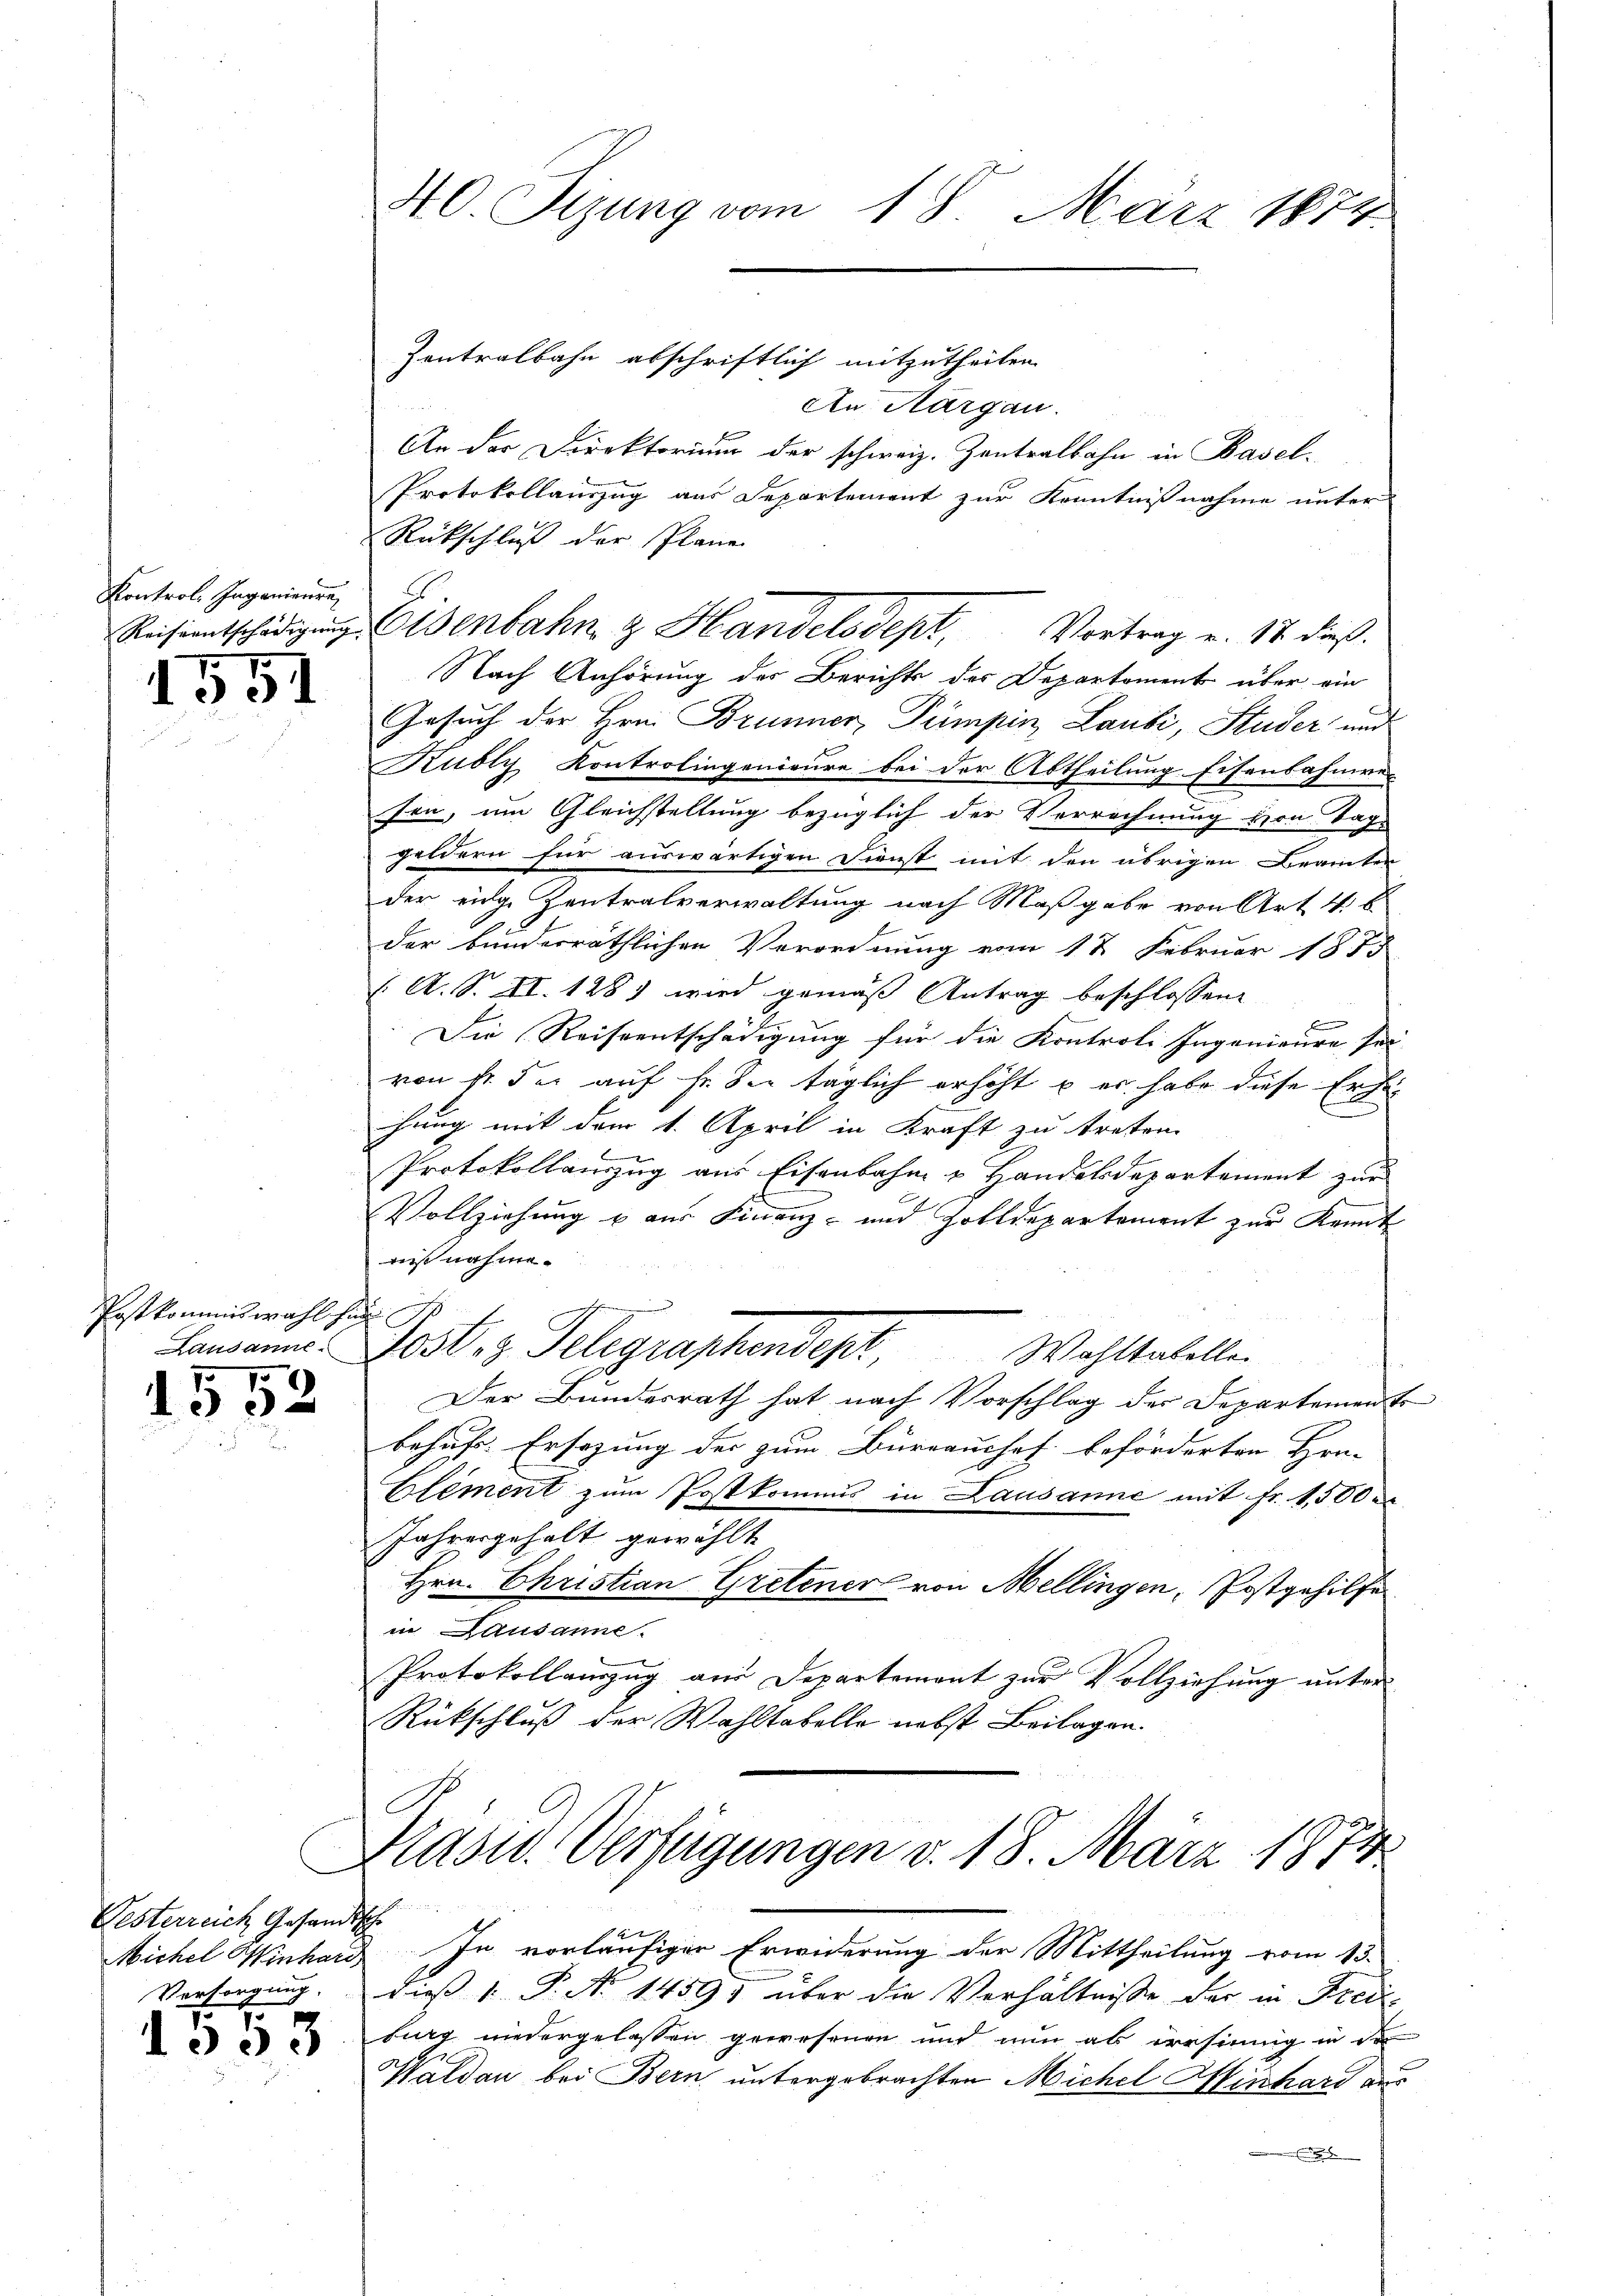
Kontrol. Ingenieure

1551

Postkommiswahl hin
Lausanne

79
.
3

Gesterreich Gesandtsch
Michel Minhard,
Versorgung.

1553

40. Sizung vom 18. März 1874.

An Aargau.
An der Direktorium der schweiz. Zentralbahn in Basel¬
Protokollauszug aus Departement zur Kenntnißnahme unter
Rückschluß der Plane
Nach Anhörung der Berichts des Departoment über ein
Gesuch der Hrn. Brunner, Pumpin Laubi, Studer und
Kubly Kontrolingenieure bei der Abtheilung Eisenbahnver
sen, um Gleichstellung bezüglich der Verrechnung von Tage
geldern für auswärtigen Dienst mit den übrigen Beamten
der einge Zentralverwaltung nach Maßgabe von Art. 46
der bunderräthlichen Verordnung vom 12 Februar 1875
(. A. S. XI. 128) wird gemäß Antrag beschlossen:
F
Die Reiseentschädigung für die Kontroli Ingenieure sei
von so der auf Fr. Sie täglich erhöht u. er habe diese Erhal
hung mit dem 1. April in Kraft zu treten.
Protokollanzug aus Eisenbahn u Handelsdepartement zur
Vollziehung u aus Finanz- und Zolldepartement zur Kennt
niß nahme.
Jes. z. Telegraphendept,
Wahltatelle
Der Bundesrath hat nach Vorschlag der Departemen Er
behufs Ersezung des zum Burrauchef beförderten Hon-
Element zum Postkommis in Lausanne mit Fr. 1,500
Jahresgehalt gewählt
Hrn. Christian Gretener von Mellingen, Postgehilfe
in Lausanne.
Protokollauszug aus Departement zur Vollziehung unter
Rückschluß der Wahltabelle nebst Beilagen.

Zentralbahn abschriftlich mitzutheilen.

Reiseentschädigŭng. Wenbahn & Handelsdept, Vortrag v. 17 dieß.

Präsid. Verfügungen v. 18. März 1874

In vorläufiger Erwiderung der Mittheilung vom 13.
dieß 1. P. No 1459) über die Verhältnisse der in Freiburg niedergelassen gewesenen und nun als ersinnig in de
Waldau bei Bern untergebrachten Michel Minhard der